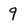
Character: 9